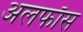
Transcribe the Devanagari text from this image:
अलफाँस